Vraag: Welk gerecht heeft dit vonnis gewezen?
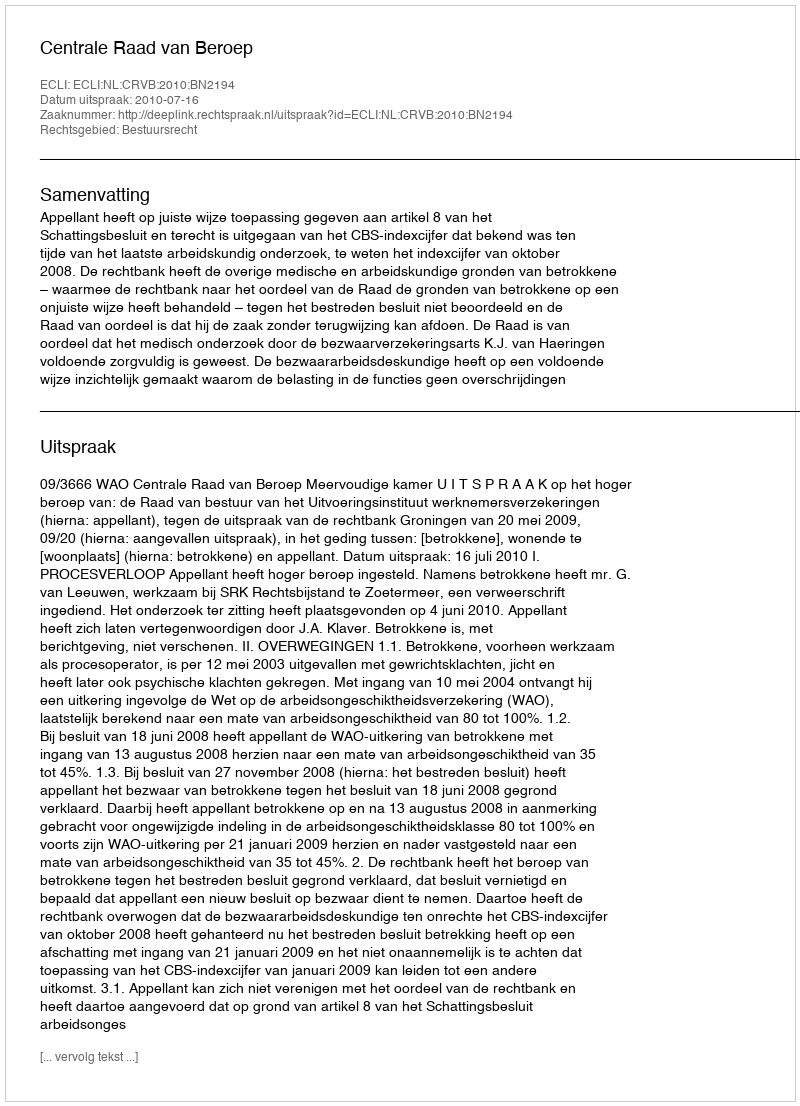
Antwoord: Centrale Raad van Beroep